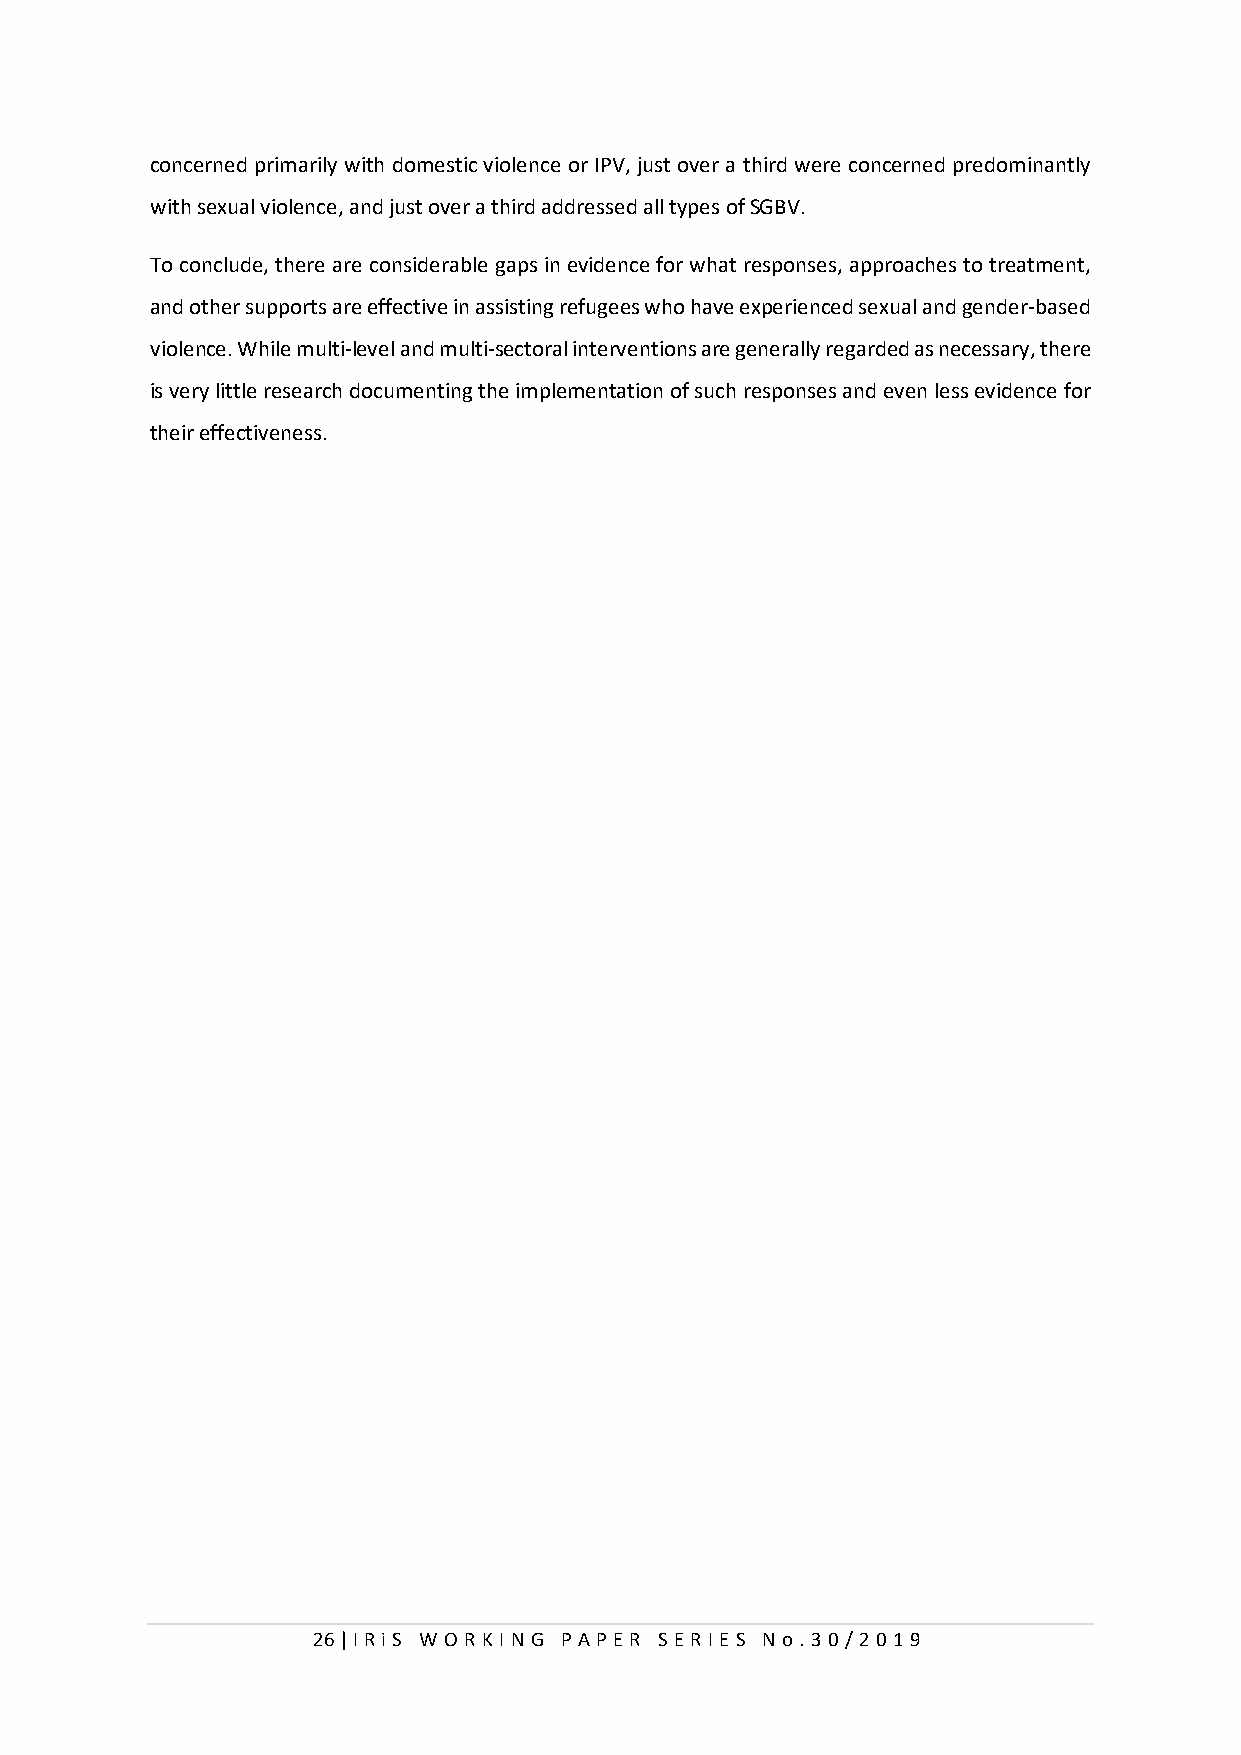
concerned primarily with domestic violence or IPV, just over a third were concerned predominantly
 with sexual violence, and just over a third addressed all types of SGBV.
 To conclude, there are considerable gaps in evidence for what responses, approaches to treatment,
 and other supports are effective in assisting refugees who have experienced sexual and gender-based
 violence. While multi-level and multi-sectoral interventions are generally regarded as necessary, there
 is very little research documenting the implementation of such responses and even less evidence for
 their effectiveness.
 26 | I RiS W O RKI N G P AP E R SE RI E S N o . 30/201 9